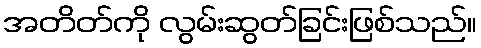
အတိတ်ကို လွမ်းဆွတ်ခြင်းဖြစ်သည်။